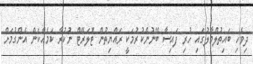
ދިވެހި ބައިތުލްމާލުގައި ހުރި ފައިސާ ބޭނުންކުރުމަކީ ރައްޔިތުން ޓޮލަރޭޓް ނުކުރާ ކަމެއްކަން އެންގުމަށް